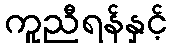
ကူညီရန်နှင့်